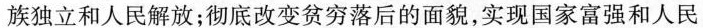
族独立和人民解放；彻底改变贫穷落后的面貌，实现国家富强和人民